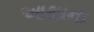
આથાના